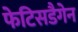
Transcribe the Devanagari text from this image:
फेटिसडैगेन